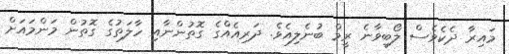
މައިރާ ދެކެވެސް ލޯބިވާނެ ރީމް ބުނެލިއެވެ. ދަރިއެއްގެ ގޮތުންނާއި ހާލަތުގެ ގޮތުން މަންމައަށް